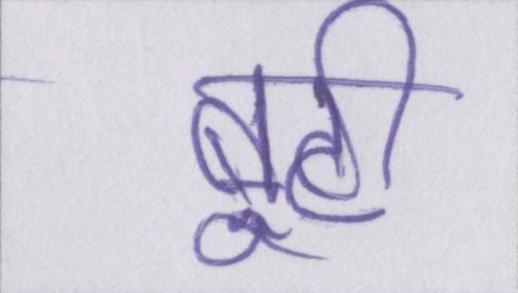
बूटी